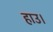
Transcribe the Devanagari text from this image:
हाउ।